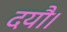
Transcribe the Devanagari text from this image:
दयौ।